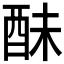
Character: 𨠝